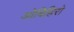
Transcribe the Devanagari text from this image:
ओबिहिरो